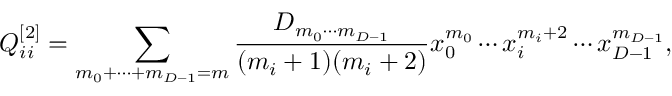
Q _ { i i } ^ { [ 2 ] } = \sum _ { m _ { 0 } + \cdots + m _ { { D - 1 } } = m } { \frac { D _ { m _ { 0 } \cdots m _ { { D - 1 } } } } { ( m _ { i } + 1 ) ( m _ { i } + 2 ) } } x _ { 0 } ^ { m _ { 0 } } \cdots x _ { i } ^ { m _ { i } + 2 } \cdots x _ { { D - 1 } } ^ { m _ { { D - 1 } } } ,